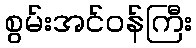
စွမ်းအင်ဝန်ကြီး